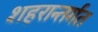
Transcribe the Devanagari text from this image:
शहरान्तर्गत